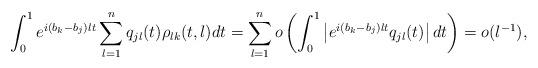
LaTeX: \begin{align*} \int_0^1 e^{i (b_k-b_j) \l t} \sum_{l=1}^n q_{jl}(t)\rho_{lk}(t,\l)dt = \sum_{l=1}^n o\left(\int_0^1 \left|e^{i (b_k-b_j) \l t} q_{jl}(t) \right|dt\right) = o(\l^{-1}),\end{align*}